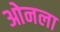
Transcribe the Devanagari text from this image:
ओनला